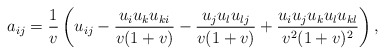
\begin{align*}a_{ij}=\frac{1}{v}\left(u_{ij}-\frac{u_iu_ku_{ki}}{v(1+v)}-\frac{u_ju_lu_{lj}}{v(1+v)}+\frac{u_iu_ju_ku_lu_{kl}}{v^2(1+v)^2}\right),\end{align*}